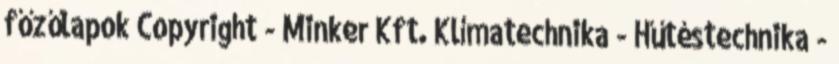
főzőlapok Copyright - Minker Kft. Klímatechnika - Hűtéstechnika -